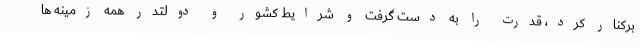
برکنار کرد، قدرت را به دست گرفت و شرایط کشور و دولتدر همه زمینه ها